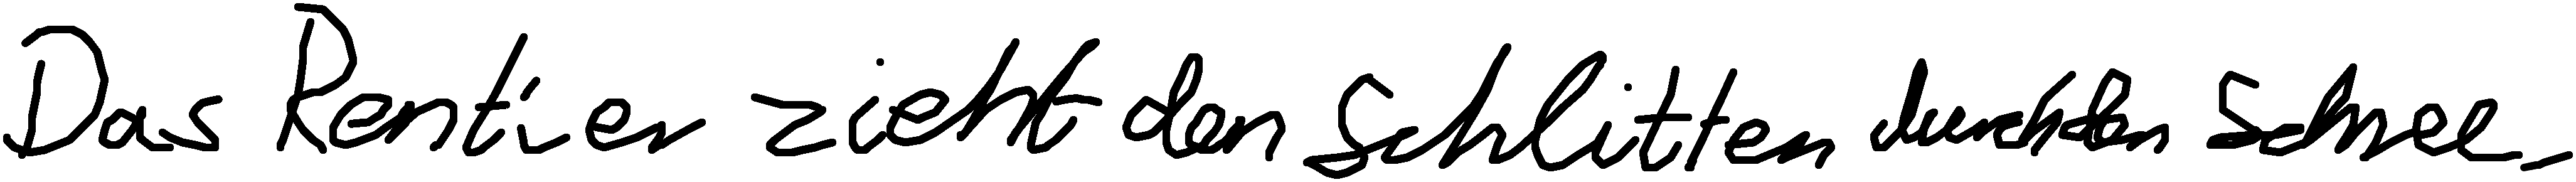
Das Rentier zieht den Schlitten durch den Schnee.